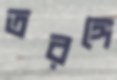
তরঙ্গে